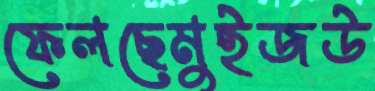
ফেলছেমুইজউ